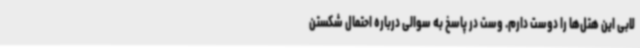
لابی این هتل‌ها را دوست دارم. وست در پاسخ به سوالی درباره احتمال شکستن